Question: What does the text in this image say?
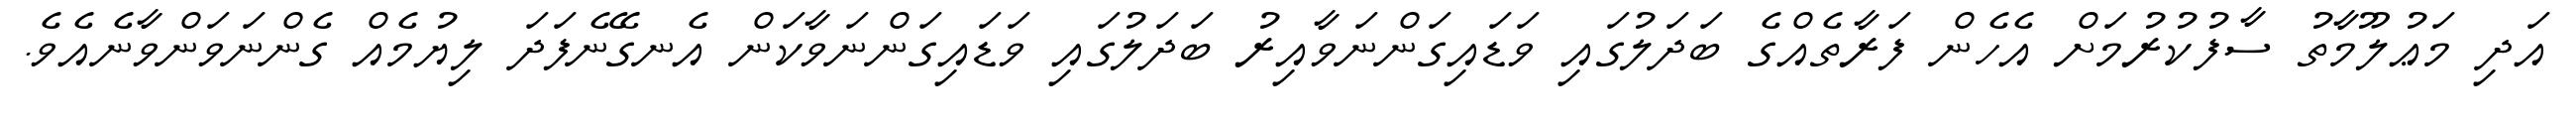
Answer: އަދި މަޢުލޫމާތު ސާފުކުރުމަށް އެހެން ފަރާތެއްގެ ބަދަލުގައި ވަޑައިގަންނަވާއިރު ބަދަލުގައި ވަޑައިގަންނަވާކަން އެނގޭނެފަދަ ލިޔުމެއް ގެންނަވަންވާނެއެވެ.